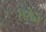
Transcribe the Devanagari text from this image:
ससेनं